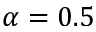
\alpha = 0 . 5